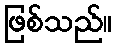
ဖြစ်သည်။